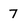
Character: 7